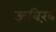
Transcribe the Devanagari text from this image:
ऊबिख़